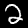
Label: 2